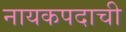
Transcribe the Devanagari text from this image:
नायकपदाची